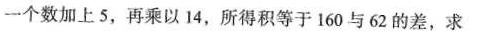
一个数加上5，再乘以14，所得积等于160与62的差，求